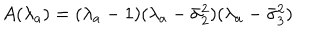
LaTeX: A ( \lambda _ { a } ) = ( \lambda _ { a } - 1 ) ( \lambda _ { a } - \bar { \sigma } _ { 2 } ^ { 2 } ) ( \lambda _ { a } - \bar { \sigma } _ { 3 } ^ { 2 } )